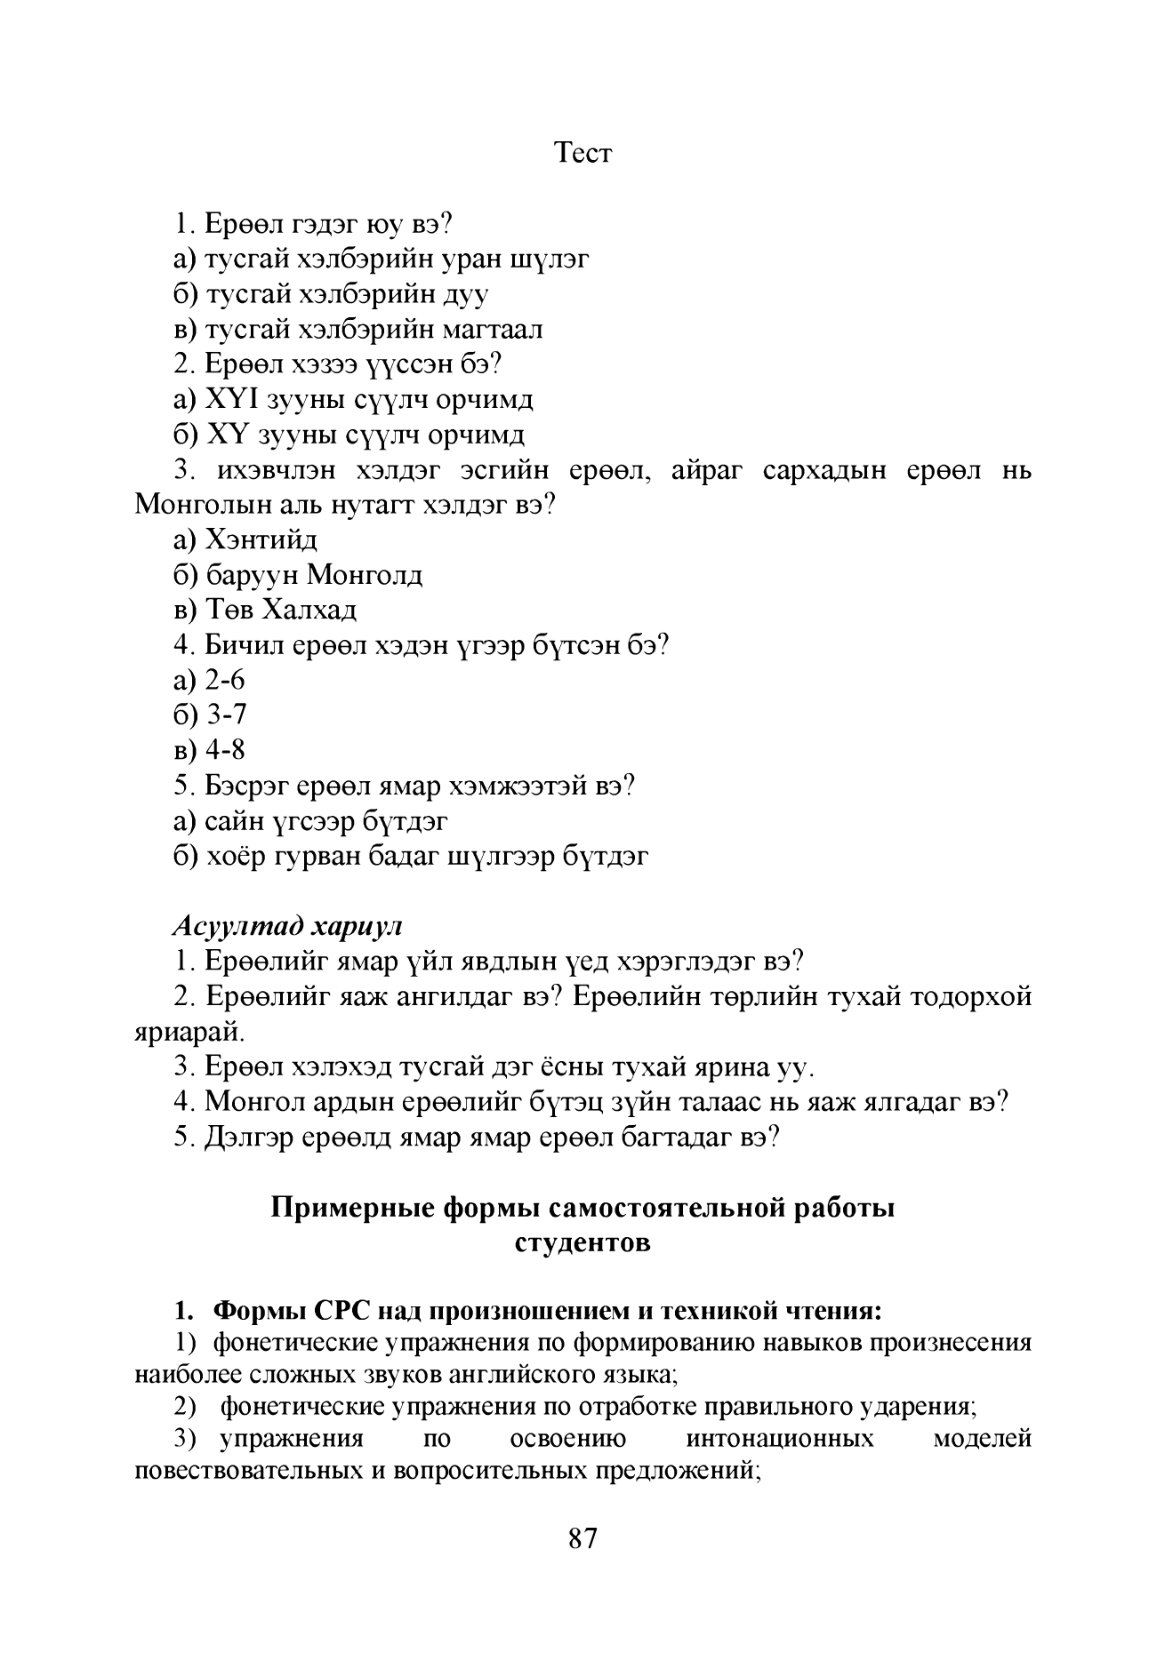
Language: mn